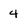
Character: 4